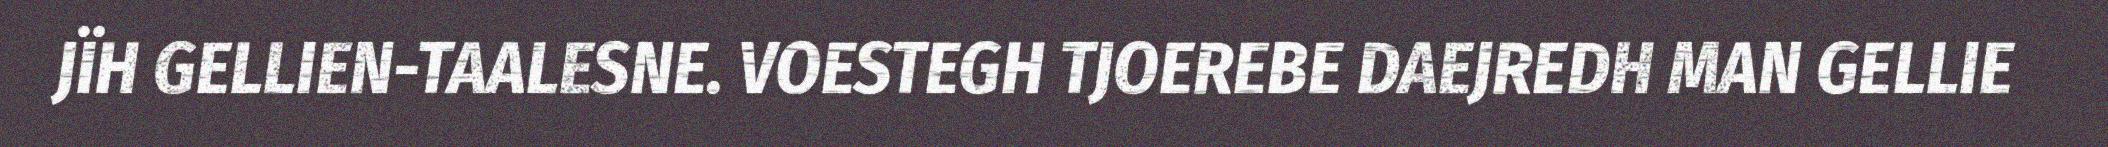
JÏH GELLIEN-TAALESNE. VOESTEGH TJOEREBE DAEJREDH MAN GELLIE